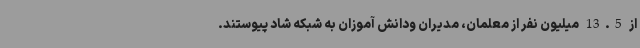
از 13.5 میلیون نفر از معلمان، مدیران ودانش آموزان به شبکه شاد پیوستند.